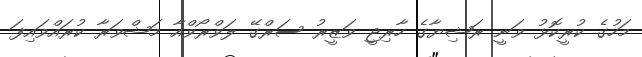
މަހުގެ ކުރީކޮޅު ވަނީ ރަޝިޔާގެ ހާރިޖީ ވަޒީރު ސަރްގޭ ލަވްރޯވްއާ މަޝްވަރާ ކުރައްވައިފަ